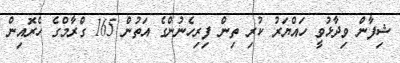
ޝިފާން ވިދާޅުވީ ހައްޔަރު ކުރި ތިން ފިރިހެނުންގެ އަތުން 165 ގްރާމްގެ ހެރޮއިން